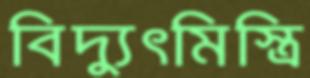
বিদ্যুৎমিস্ত্রি